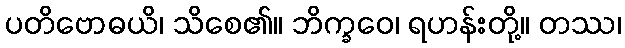
ပတိဗောဓယိ၊ သိစေ၏။ ဘိက္ခဝေ၊ ရဟန်းတို့။ တဿ၊